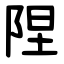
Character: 陧